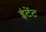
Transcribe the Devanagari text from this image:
इंटेंट